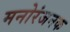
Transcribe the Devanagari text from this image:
मनोरंजनक